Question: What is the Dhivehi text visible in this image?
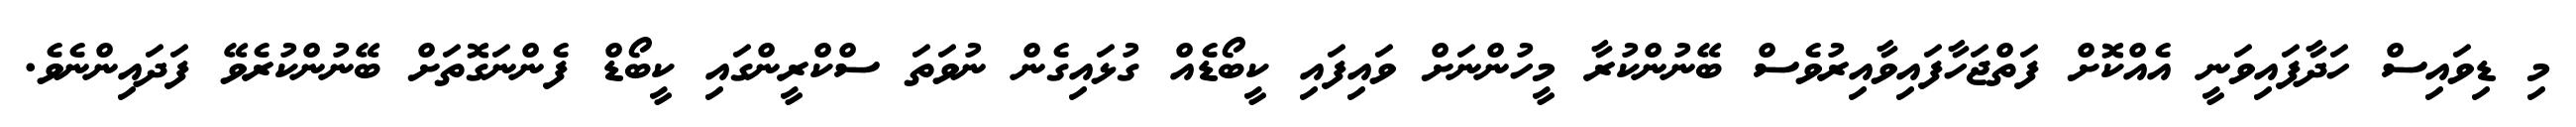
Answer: މި ޑިވައިސް ހަދާފައިވަނީ އެއްކޮށް ފަތްޖަހާފައިވާއިރުވެސް ބޭނުންކުރާ މީހުންނަށް ވައިފައި ކީބޯޑެއް ގުޅައިގެން ނުވަތަ ސްކްރީންގައި ކީބޯޑް ފެންނަގޮތަށް ބޭނުންކުރެވޭ ފަދައިންނެވެ.